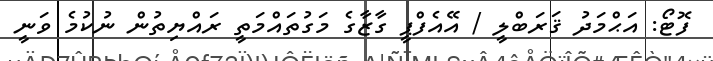
ފޮޓޯ: އަޙްމަދު ޤަރަބްލީ / އޭއެފްޕީ ގާޒާގެ މަގުތައްމަތީ ރައްޔިތުން ނުކުމެ ވަނީ